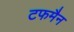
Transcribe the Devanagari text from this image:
टफमैन